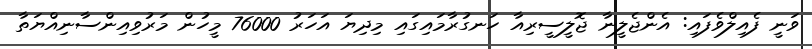
ވަނީ ފެއިލްވެފައި: އެންޖެލީނާ ޖޮލީސީރިއާ ހަނގުރާމައިގައި މިދިޔަ އަހަރު 76000 މީހުން މަރުވިއިންސާނިއްޔަތާ